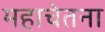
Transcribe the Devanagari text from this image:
महाचेतना